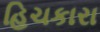
હિચકારા